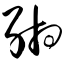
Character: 缃